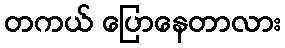
တကယ် ပြောနေတာလား